Civil Veterinary Dept. Bombay admin report 1893-99 - 1893-1899
Year: 1893
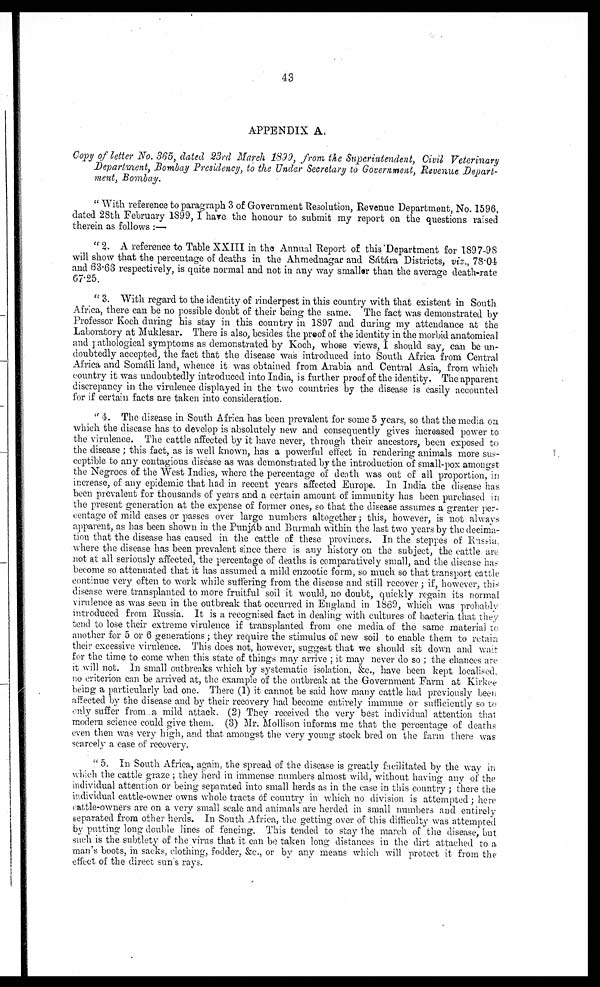
43
APPENDIX A.
Copy of letter No. 365, dated 23rd March 1899, from the Superintendent, Civil Veterinary
Department, Bombay Presidency, to the Under Secretary to Government, Revenue Depart-
ment, Bombay.
"With reference to paragraph 3 of Government Resolution, Revenue Department, No. 1596,
dated 28th February 1899, I have the honour to submit my report on the questions raised
therein as follows :—
"2. A reference to Table XXIII in the Annual Report of this Department for 1897-98
will show that the percentage of deaths in the Ahmednagar and Sátára Districts, viz., 78.04
and 63.63 respectively, is quite normal and not in any way smaller than the average death-rate
67.25.
"3. With regard to the identity of rinderpest in this country with that existent in South
Africa, there can be no possible doubt of their being the same. The fact was demonstrated by
Professor Koch during his stay in this country in 1897 and during my attendance at the
Laboratory at Muklesar. There is also, besides the proof of the identity in the morbid anatomical
and pathological symptoms as demonstrated by Koch, whose views, I should say, can be un-
doubtedly accepted, the fact that the disease was introduced into South Africa from Central
Africa and Somáli land, whence it was obtained from Arabia and Central Asia, from which
country it was undoubtedly introduced into India, is further proof of the identity. The apparent
discrepancy in the virulence displayed in the two countries by the disease is easily accounted
for if certain facts are taken into consideration.
"4. The disease in South Africa has been prevalent for some 5 years, so that the media on
which the disease has to develop is absolutely new and consequently gives increased power to
the virulence. The cattle affected by it have never, through their ancestors, been exposed to
the disease; this fact, as is well known, has a powerful effect in rendering animals more sus-
ceptible to any contagious disease as was demonstrated by the introduction of small-pox amongst
the Negroes of the West Indies, where the percentage of death was out of all proportion, in
increase, of any epidemic that had in recent years affected Europe. In India the disease has
been prevalent for thousands of years and a certain amount of immunity has been purchased in
the present generation at the expense of former ones, so that the disease assumes a greater per-
centage of mild cases or passes over large numbers altogether; this, however, is not always
apparent, as has been shown in the Punjáb and Burmah within the last two years by the decima-
tion that the disease has caused in the cattle of these provinces. In the steppes of Russia,
where the disease has been prevalent since there is any history on the subject, the cattle are
not at all seriously affected, the percentage of deaths is comparatively small, and the disease has
become so attenuated that it has assumed a mild enzootic form, so much so that transport cattle
continue very often to work while suffering from the disease and still recover; if, however, this
disease were transplanted to more fruitful soil it would, no doubt, quickly regain its normal
virulence as was seen in the outbreak that occurred in England in 1869, which was probably
introduced from Russia. It is a recognised fact in dealing with cultures of bacteria that they
tend to lose their extreme virulence if transplanted from one media of the same material to
another for 5 or 6 generations; they require the stimulus of new soil to enable them to retain
their excessive virulence. This does not, however, suggest that we should sit down and wait
for the time to come when this state of things may arrive; it may never do so; the chances are
it will not. In small outbreaks which by systematic isolation, &c., have been kept localised,
no criterion can be arrived at, the example of the outbreak at the Government Farm at Kirkee
being a particularly bad one. There (1) it cannot be said how many cattle had previously been
affected by the disease and by their recovery had become entirely immune or sufficiently so to
only suffer from a mild attack. (2) They received the very best individual attention that
modern science could give them. (3) Mr. Mollison informs me that the percentage of deaths
even then was very high, and that amongst the very young stock bred on the farm there was
scarcely a case of recovery.
"5. In South Africa, again, the spread of the disease is greatly facilitated by the way in
which the cattle graze; they herd in immense numbers almost wild, without having any of the
individual attention or being separated into small herds as in the case in this country; there the
individual cattle-owner owns whole tracts 6f country in which no division is attempted; here
cattle-owners are on a very small scale and animals are herded in small numbers and entirely
separated from other herds. In South Africa, the getting over of this difficulty was attempted
by putting long double lines of fencing. This tended to stay the march of the disease, but
such is the subtlety of the virus that it can be taken long distances in the dirt attached to a
man's boots, in sacks, clothing, fodder, &c., or by any means which will protect it from the
effect of the direct sun's rays.